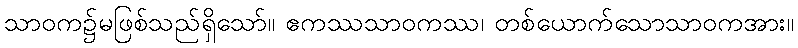
သာဝက၌မဖြစ်သည်ရှိသော်။ ဧကဿသာဝကဿ၊ တစ်ယောက်သောသာဝကအား။